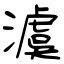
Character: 澞